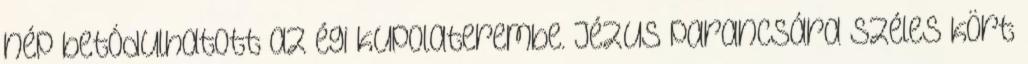
nép betódulhatott az égi kupolaterembe. Jézus parancsára széles kört